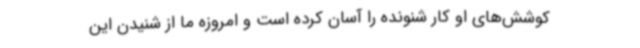
کوشش‌های او کار شنونده را آسان کرده است و امروزه ما از شنیدن این